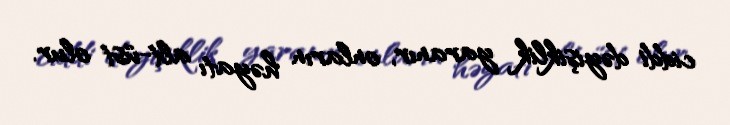
ciddi dəyişiklik yaranır, onların həyatı alt-üst olur.